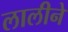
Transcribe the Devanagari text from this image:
लालीने